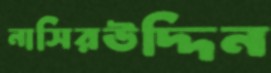
নাসিরউদ্দিন